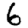
Digit: 6